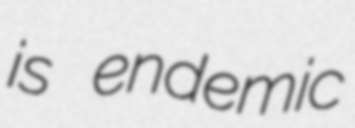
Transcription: is endemic